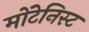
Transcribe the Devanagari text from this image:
मोंटेनिस्ट